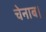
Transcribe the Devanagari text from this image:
चेनाब।